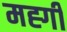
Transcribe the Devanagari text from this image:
मह्गी